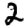
Digit: 2